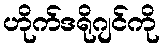
ဟိုက်ဒရိုဂျင်ကို